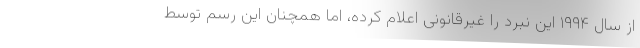
از سال ۱۹۹۴ این نبرد را غیرقانونی اعلام کرده، اما همچنان این رسم توسط